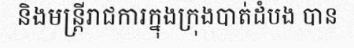
និងមន្ត្រីរាជការក្នុងក្រុងបាត់ដំបង បាន